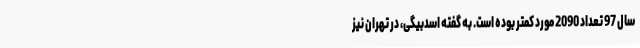
سال 97 تعداد 2090 مورد کمتر بوده است. به گفته اسدبیگی، در تهران نیز